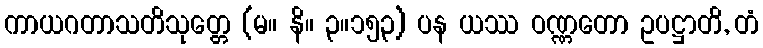
ကာယဂတာသတိသုတ္တေ (မ။ နိ။ ၃။၁၅၃) ပန ယဿ ဝဏ္ဏတော ဥပဋ္ဌာတိ, တံ